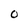
Character: O